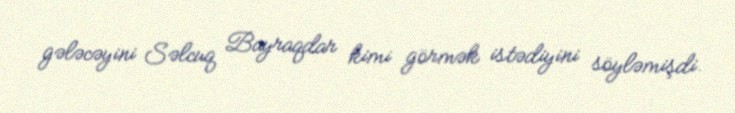
gələcəyini Səlcuq Bayraqdar kimi görmək istədiyini söyləmişdi.